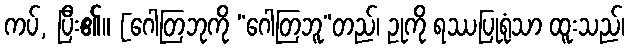
ကပ်, ပြီး၏။ [ဂေါတြဘုကို “ဂေါတြဘူ”တည်၊ ဥုကို ရဿပြုရုံသာ ထူးသည်၊